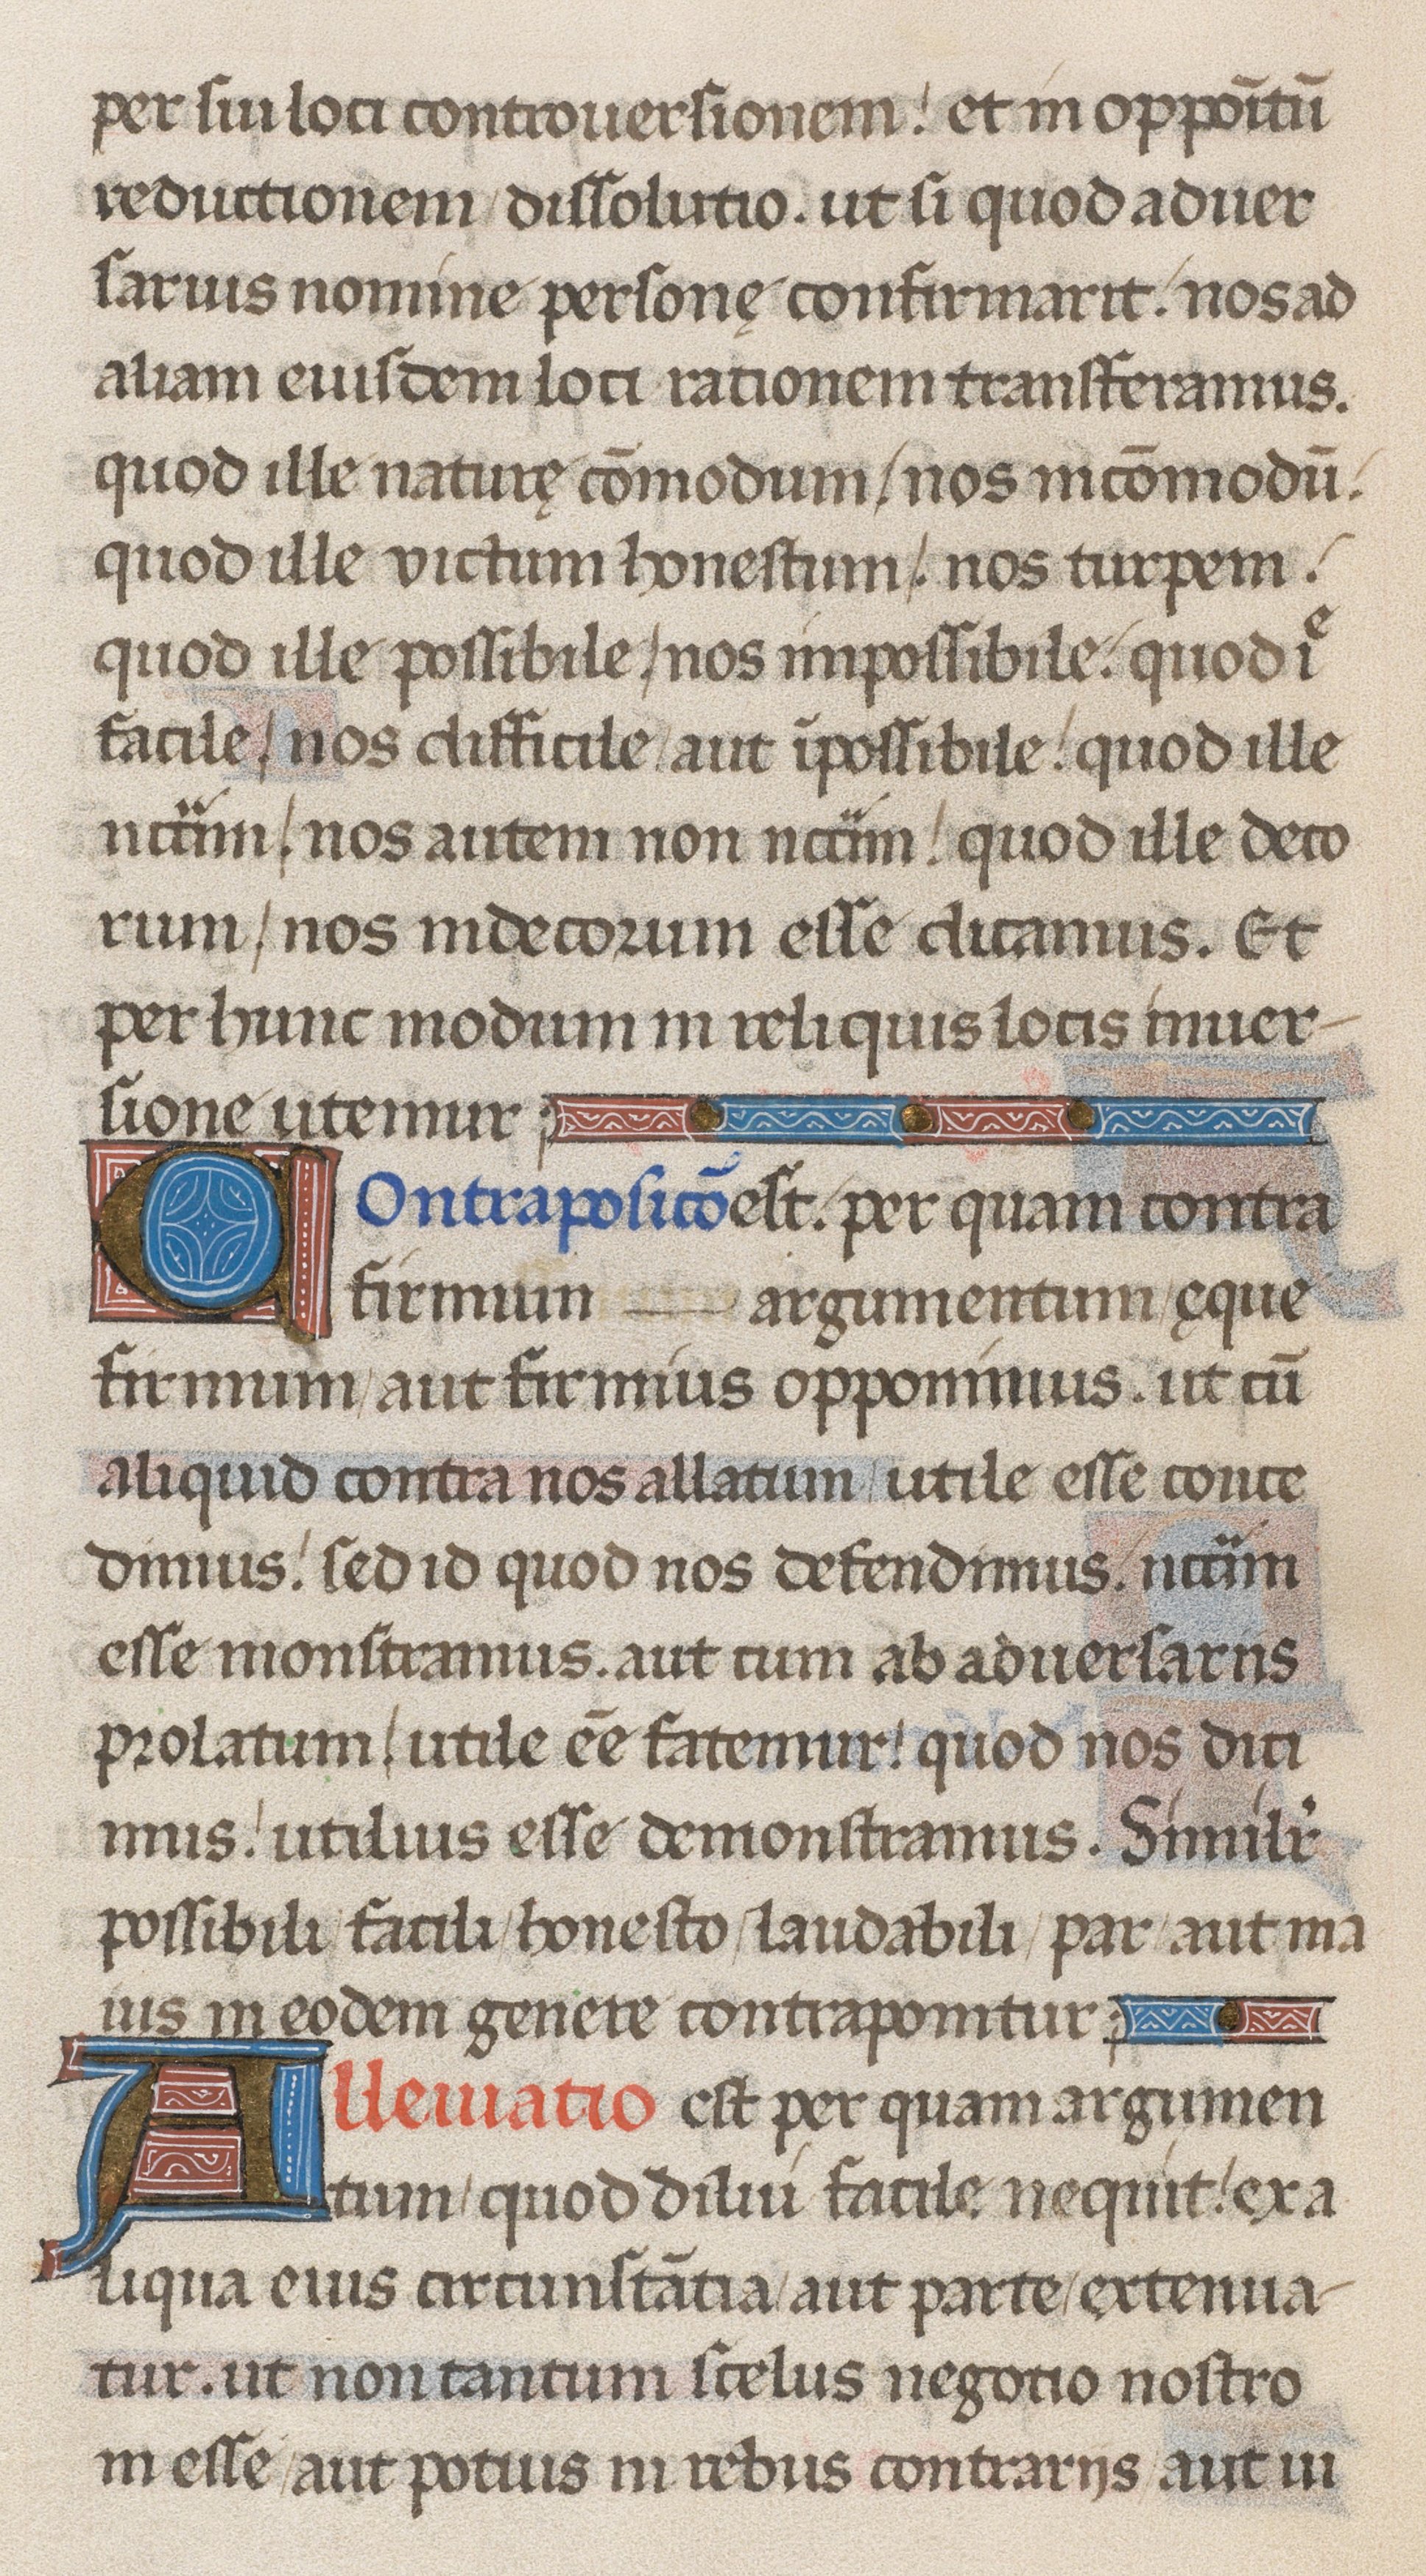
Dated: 1471–1471